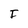
Character: F